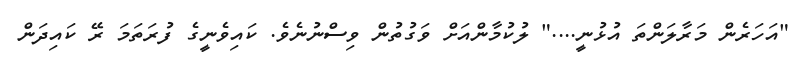
"އަހަރެން މަރާލަންތަ އުޅުނީ...." ލުކުމާންއަށް ވަގުތުން ވިސްނުނެވެ. ކައިވެނީގެ ފުރަތަމަ ރޭ ކައިދަން